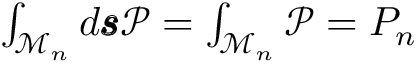
\begin{array} { r } { \int _ { \mathcal { M } _ { n } } d \pmb { \mathscr { s } } \mathcal { P } = \int _ { \mathcal { M } _ { n } } \mathcal { P } = P _ { n } } \end{array}